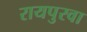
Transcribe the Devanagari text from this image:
रायपुरवा